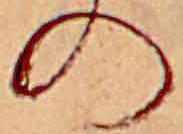
の